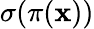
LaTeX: \sigma(\pi(\mathbf{x}))